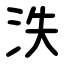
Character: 泆